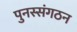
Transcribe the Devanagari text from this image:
पुनस्संगठन